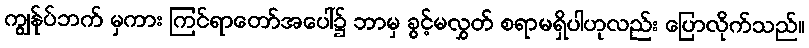
ကျွန်ုပ်ဘက် မှကား ကြင်ရာတော်အပေါ်၌ ဘာမှ ခွင့်မလွှတ် စရာမရှိပါဟုလည်း ပြောလိုက်သည်။